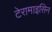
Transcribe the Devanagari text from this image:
टेरामाइसिन